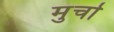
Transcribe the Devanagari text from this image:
मुर्चा